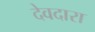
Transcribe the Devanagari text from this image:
देवदारा